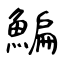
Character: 鯿